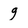
Character: g